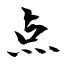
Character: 点